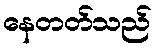
နေတတ်သည်